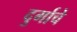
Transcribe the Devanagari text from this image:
दुर्गाचे